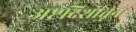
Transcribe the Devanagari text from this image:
अष्टदिशांतून